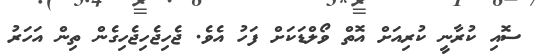
ސޮއި ކުރާނީ ކުރިއަށް އޮތް ވޯލްޑަކަށް ފަހު އެވެ. ޖެހިޖެހިޖެހިގެން ތިން އަހަރު